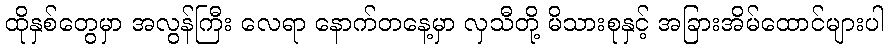
ထိုနှစ်တွေမှာ အလွန်ကြီး လေရာ နောက်တနေ့မှာ လှသီတို့ မိသားစုနှင့် အခြားအိမ်ထောင်များပါ